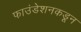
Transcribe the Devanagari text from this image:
फाउंडेशनकडून